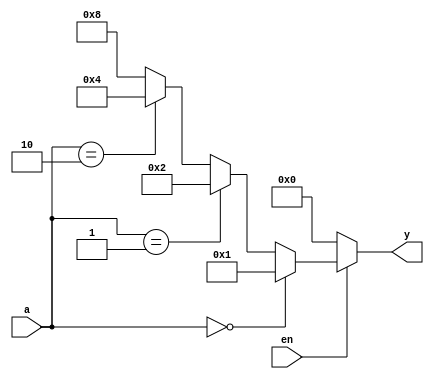
module decoder_2_4_if
(
input wire [1:0] a ,
input wire en,
output reg [3:0] y
);
always @*
  if (en==1'b0) // can be written as (~en)
    y = 4'b0000;
  else if(a==2'b00)
    y = 4'b0001;
  else if (a==2'b01)
    y = 4'b0010;
  else if (a==2'b10)
    y = 4'b0100;
  else
    y = 4'b1000;
 endmodule